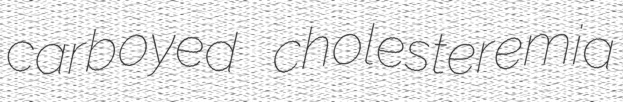
carboyed cholesteremia